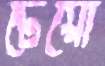
টেয়ো